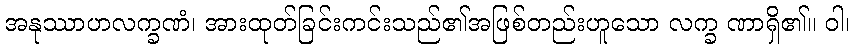
အနုဿာဟလက္ခဏံ၊ အားထုတ်ခြင်းကင်းသည်၏အဖြစ်တည်းဟူသော လက္ခ ဏာရှိ၏။ ဝါ၊